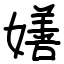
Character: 嫸